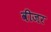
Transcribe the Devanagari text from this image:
वीजर